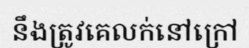
នឹងត្រូវគេលក់នៅក្រៅ